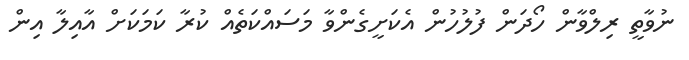
ނުވާތީ ރިލްވާން ހޯދަން ފުލުހުން އެކަށީގެންވާ މަސައްކަތެއް ކުރާ ކަމަކަށް އާއިލާ އިން